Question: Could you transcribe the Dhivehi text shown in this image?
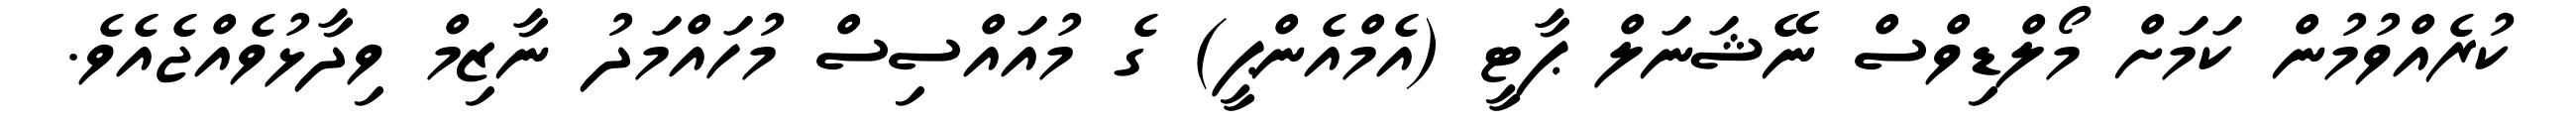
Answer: ކުރެއްވުމުން ކަމަށް މޯލްޑިވްސް ނޭޝަނަލް ޕާޓީ (އެމްއެންޕީ) ގެ މުއައްސިސް މުހައްމަދު ނާޒިމް ވިދާޅުވެއްޖެއެވެ.